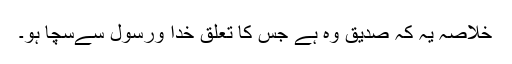
خلاصہ یہ کہ صدیق وہ ہے جس کا تعلق خدا ورسول سےسچا ہو۔